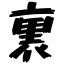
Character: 裏